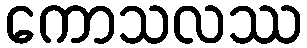
ကောသလဿ